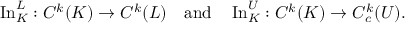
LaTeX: \operatorname { I n } _ { K } ^ { L } : C ^ { k } ( K ) \to C ^ { k } ( L ) \quad { \mathrm { a n d } } \quad \operatorname { I n } _ { K } ^ { U } : C ^ { k } ( K ) \to C _ { c } ^ { k } ( U ) .